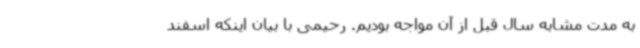
به مدت مشابه سال قبل از آن مواجه بودیم. رحیمی با بیان اینکه اسفند